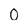
Character: O